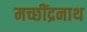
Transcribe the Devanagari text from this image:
मच्छींद्रनाथ